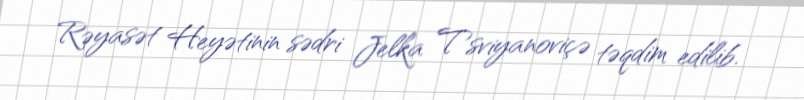
Rəyasət Heyətinin sədri Jelka Tsviyanoviçə təqdim edilib.